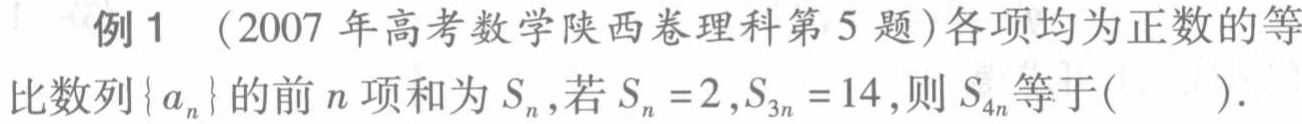
例1 （2007年高考数学陕西卷理科第5题）各项均为正数的等比数列\(\{ a_{n}\}\)的前\(n\)项和为\(S_{n}\),若\(S_{n}=2,S_{3n}=14\),则\(S_{4n}\)等于(  ).